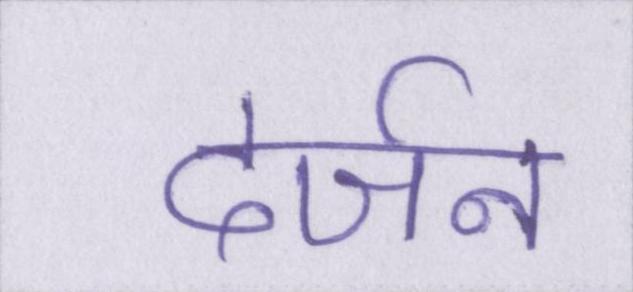
दर्जन